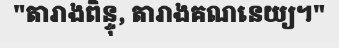
"តារាងពិន្ទុ, តារាងគណនេយ្យ។"